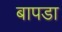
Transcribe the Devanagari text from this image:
बापडा